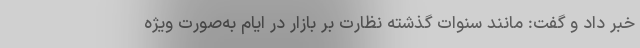
خبر داد و گفت: مانند سنوات گذشته نظارت بر بازار در ایام به‌صورت ویژه